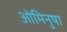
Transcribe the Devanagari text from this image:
ओमिनुषा